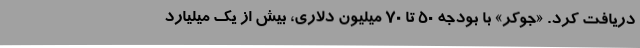
دریافت کرد. «جوکر» با بودجه 50 تا 70 میلیون دلاری، بیش از یک میلیارد